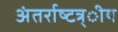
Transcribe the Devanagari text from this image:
अंतर्राष्‍टत्र्ीय